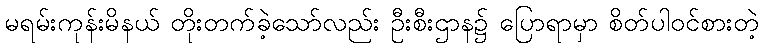
မရမ်းကုန်းမိနယ် တိုးတက်ခဲ့သော်လည်း ဦးစီးဌာန၌ ပြောရာမှာ စိတ်ပါဝင်စားတဲ့